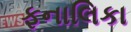
ફનાલિકા